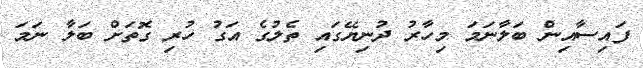
ފައިސާއިން ބަލާނަމަ މިހާރު ދުނިޔޭގައި ތެލުގެ އަގު ހުރި ގޮތަށް ބަލާ ނަމަ